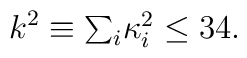
k^{2} \equiv \textstyle{\sum_{i}} \kappa^{2}_{i} \leq 34.